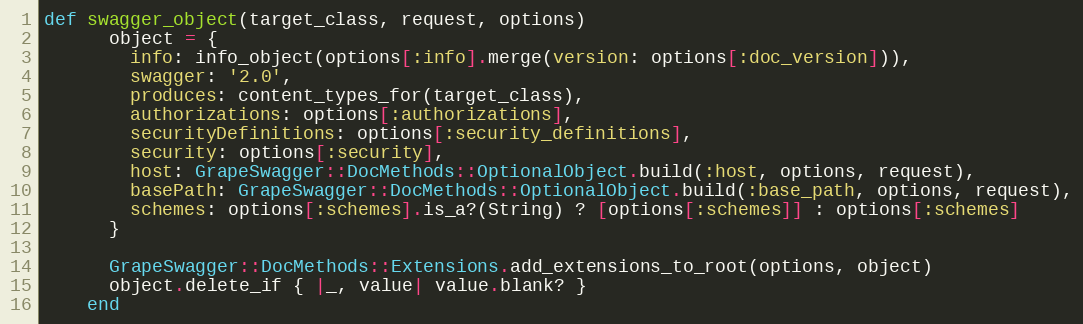
Language: Ruby
def swagger_object(target_class, request, options)
      object = {
        info: info_object(options[:info].merge(version: options[:doc_version])),
        swagger: '2.0',
        produces: content_types_for(target_class),
        authorizations: options[:authorizations],
        securityDefinitions: options[:security_definitions],
        security: options[:security],
        host: GrapeSwagger::DocMethods::OptionalObject.build(:host, options, request),
        basePath: GrapeSwagger::DocMethods::OptionalObject.build(:base_path, options, request),
        schemes: options[:schemes].is_a?(String) ? [options[:schemes]] : options[:schemes]
      }

      GrapeSwagger::DocMethods::Extensions.add_extensions_to_root(options, object)
      object.delete_if { |_, value| value.blank? }
    end